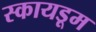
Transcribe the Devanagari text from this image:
स्कायडूम